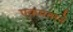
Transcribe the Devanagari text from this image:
एकमताने